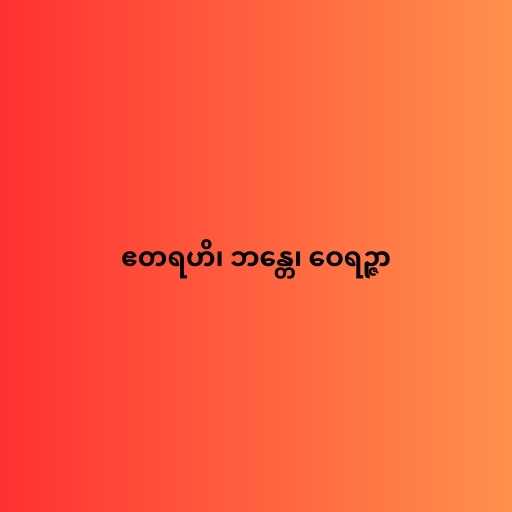
ဧတရဟိ၊ ဘန္တေ၊ ဝေရဉ္ဇာ